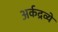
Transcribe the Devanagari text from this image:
अर्कद्रव्ये